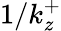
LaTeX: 1/k_{z}^{+}